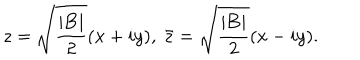
LaTeX: z = \sqrt { { \frac { | \mathrm { \bf B } | } { 2 } } } ( x + i y ) , ~ \bar { z } = \sqrt { { \frac { | \mathrm { \bf B } | } { 2 } } } ( x - i y ) .